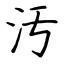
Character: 汚